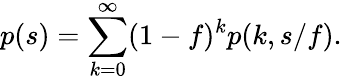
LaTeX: p(s)=\sum_{k=0}^{\infty}(1-f)^{k}p(k,s/f).